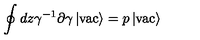
\oint d z \gamma ^ { - 1 } \partial \gamma \left| \mathrm { v a c } \right> = p \left| \mathrm { v a c } \right>